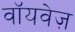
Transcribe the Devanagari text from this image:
वॉयवेज़